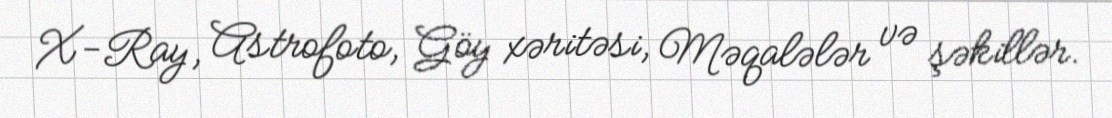
X-Ray, Astrofoto, Göy xəritəsi, Məqalələr və şəkillər.